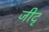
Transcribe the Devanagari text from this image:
जीदृ